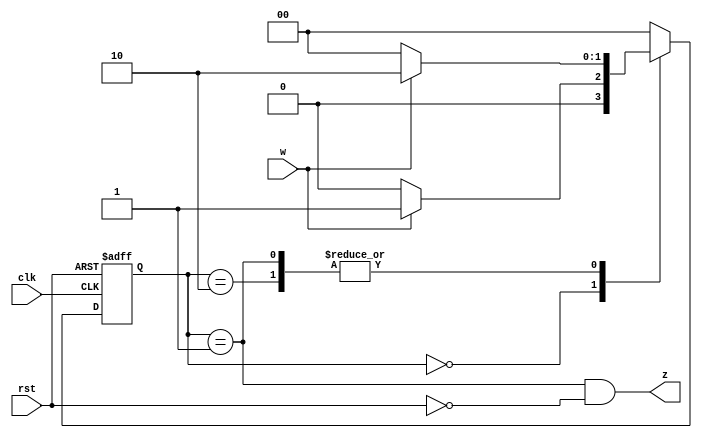
`timescale 1ns / 1ps
//////////////////////////////////////////////////////////////////////////////////
// Company: 
// Engineer: 
// 
// Design Name: 
// Module Name: experiment_one
// Project Name: 
// Target Devices: 
// Tool Versions: 
// Description: 
// 
// Dependencies: 
// 
// Revision:
// Revision 0.01 - File Created
// Additional Comments:
// 
//////////////////////////////////////////////////////////////////////////////////


module fsm(input clk, rst, w, output z);
reg [1:0] state, nextState;
parameter [1:0] A=2'b00, B=2'b01, C=2'b10; // States Encoding
// Next state generation (combinational logic)
always @ (w or state)
case (state)
A: if (w==0) nextState <= A;
 else nextState <= B;
B: if (w==0) nextState <= A;
 else nextState <= C;
C: if (w==0) nextState <= A;
 else nextState <= C;
default: nextState <= A;
endcase
// State register
// Update state FF's with the triggering edge of the clock
always @ (posedge clk or posedge rst) begin
if(rst) state <= A;
else state <= nextState;
end
// output generation (combinational logic)
assign z = (state == B && rst == 0);
endmodule